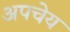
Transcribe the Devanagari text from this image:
अपचेय